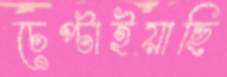
চেপ্‌টাইয়াছি